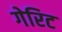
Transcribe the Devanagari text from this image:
गेरिट